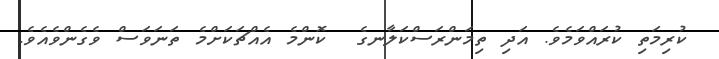
ކުރިމަތި ކުރައްވަމެވެ. އަދި ތިމަންރަސްކަލާނގެ  ކޮންމެ އެއްޗަކަށްމެ ތަނަވަސް ވެގެންވެއެވެ.